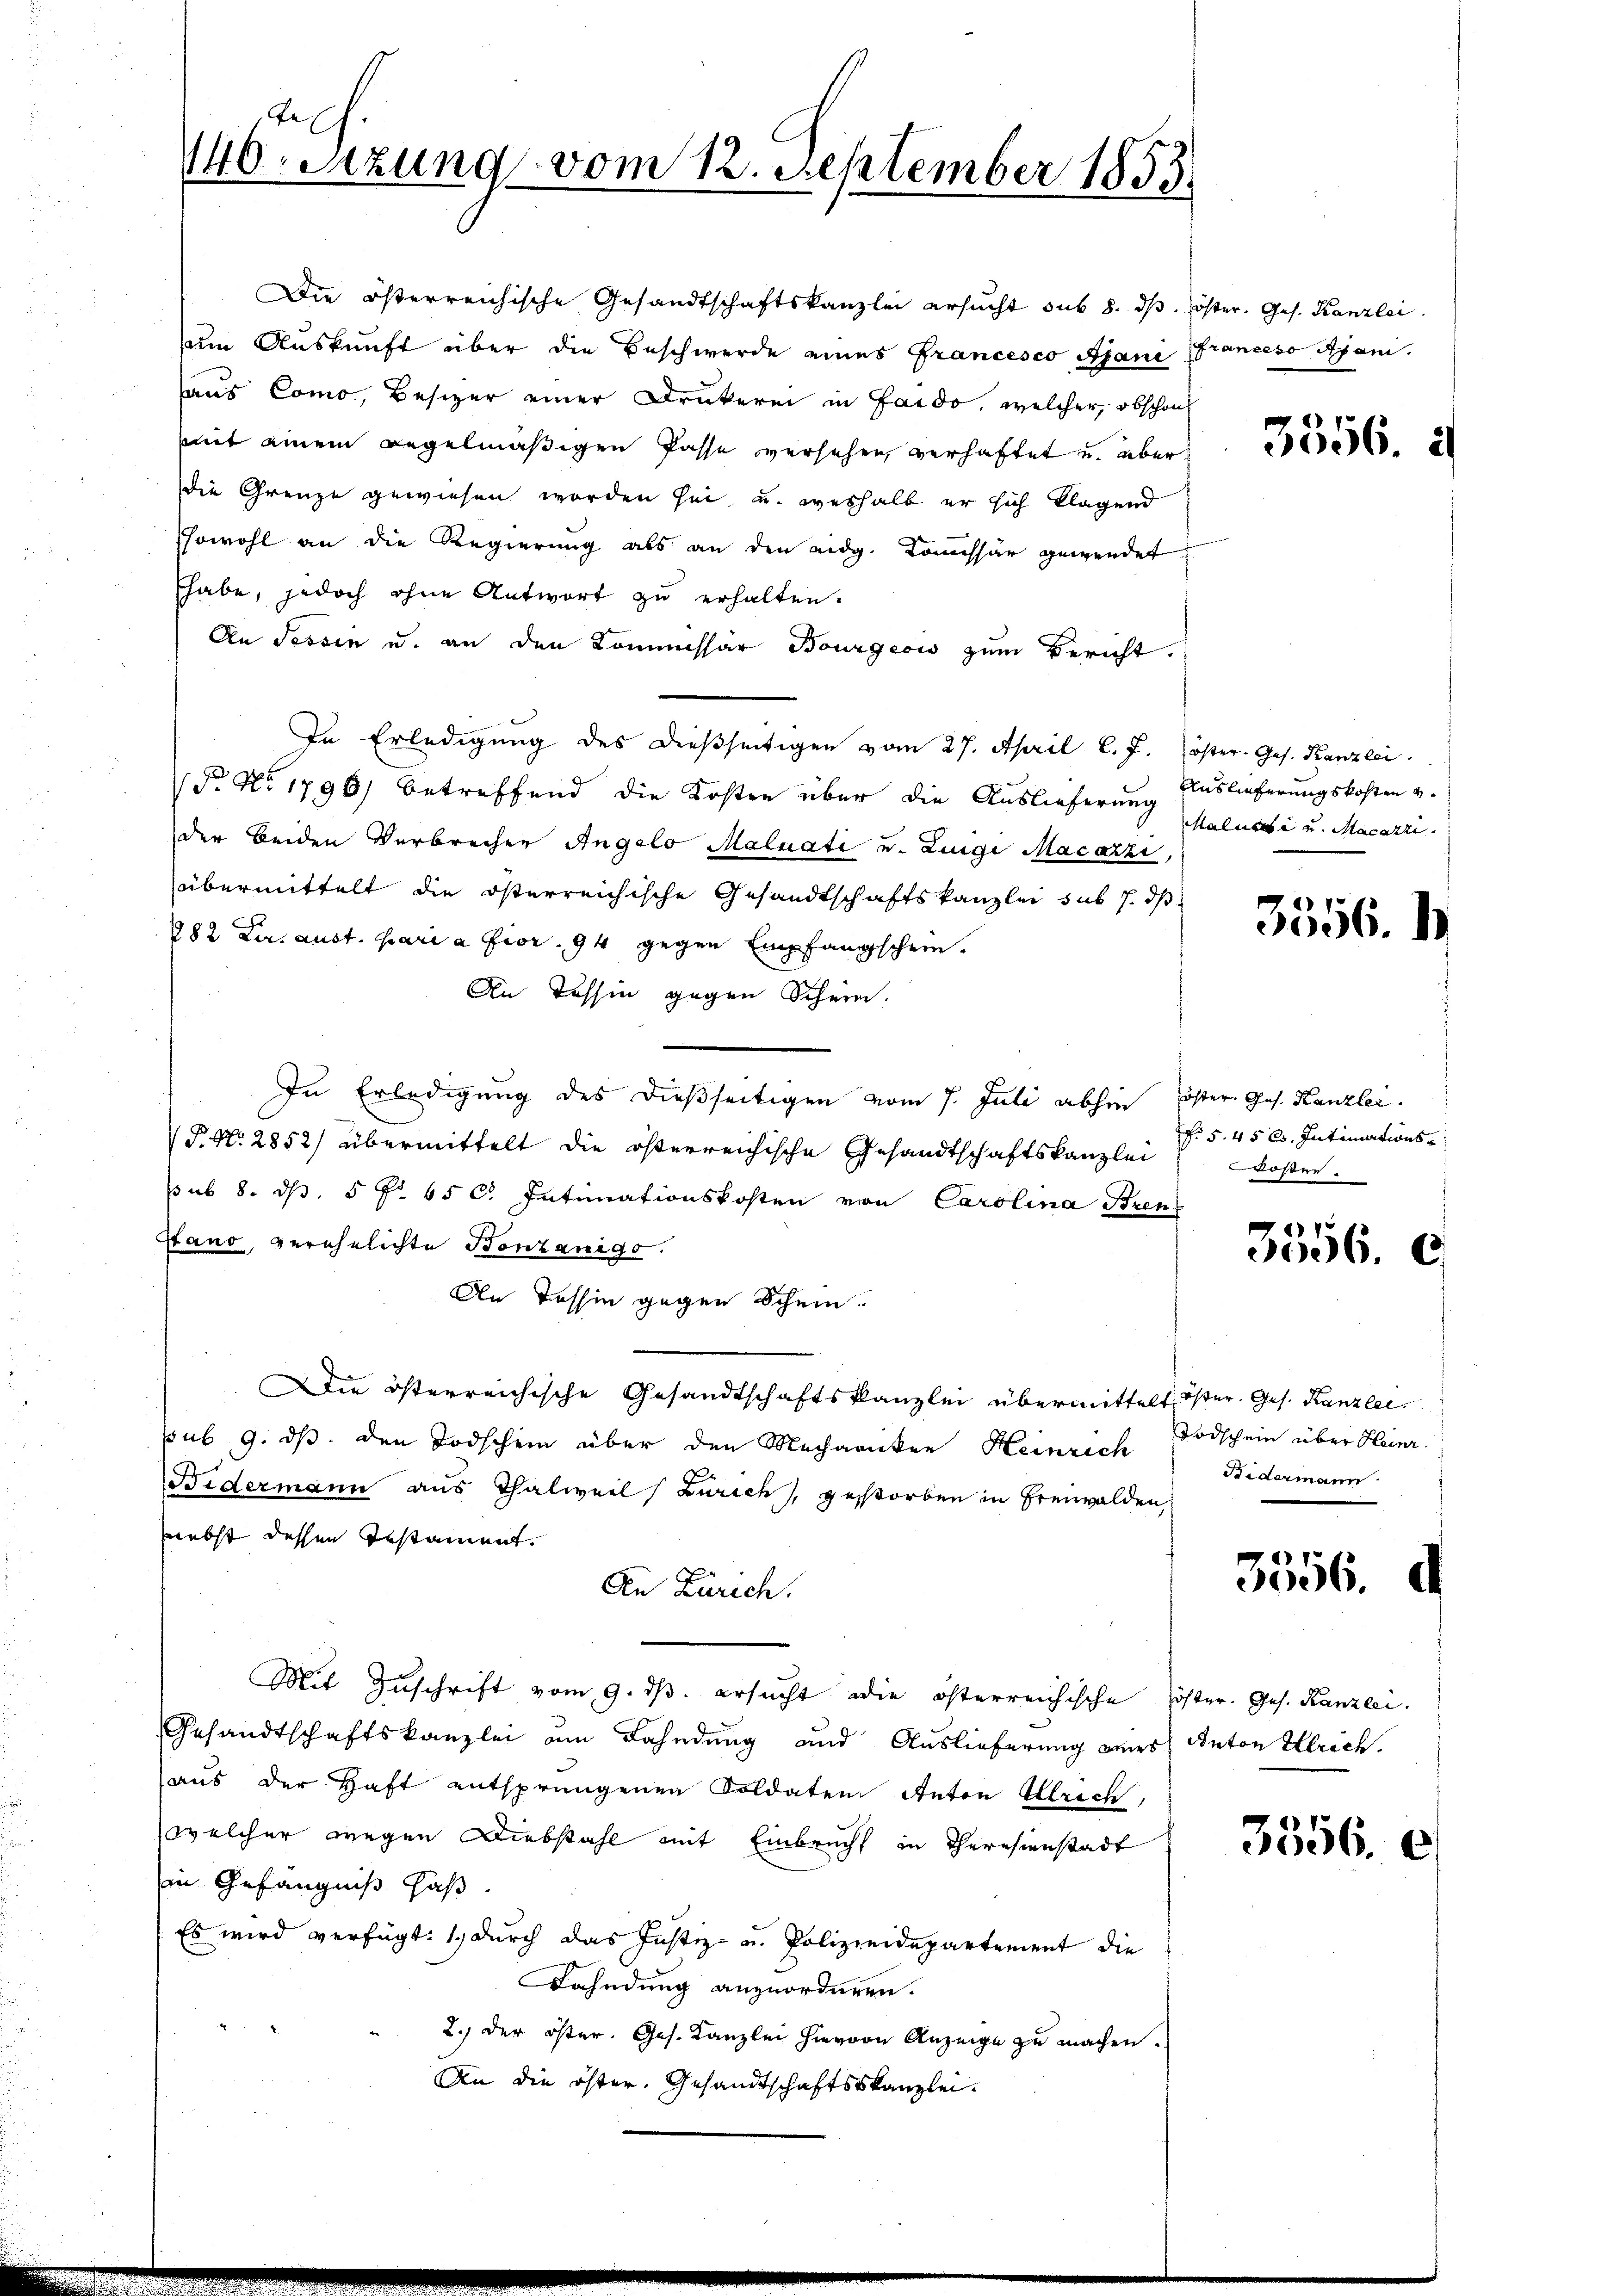
de
40 Setzung vom 12. September 1853.

Die österreichische Gesandtschaftskanzlei ersucht sub 8. dβ. öster. Ges. Kanzlei
um Auskunft über die Beschwerde eines Francesco Ajani Franceso Ajani.
aus Como, Besizer einer Druckerei in Sard., welcher, obschon
mit einem Regelmäßigen Pässe versehen, verhaftet u. über
die Grenze gewiesen worden sei, u. weshalb er sich klagend
sowohl an die Regierung als an den eidg. Kommissär gewendet
Ehabe, jedoch ohne Antwort zu erhalten.
An Tessin u. an den Kommissär Bourgeois zum Bericht.
In Erledigung des dießseitigen vom 27. April l. J. öster. Ges. Kanzlei
T. No 1796) betreffend die Kosten über die Auslieferung Auslieferungskosten u.
der beiden Verbrechen Angelo Malnati u. Linge Macazzi
übermittelt die österreichische Gesandtschaftskanzlei sub 1. ds
282 Cur. aust. Maria Fior. 94 gegen Empfangschein.
An Tessin gegen Schein.
In Erledigung des dießseitigen vom 7. Juli abhin öster Ges. Kanzlei.
P. Nr. 2852) übermittelt die öfterreichische Gesandtschaftskanzlei
sub 8. d. 5 f. 650. Intimationskosten von Carolina Bren
Stand, verehelichte Bonzanigo.
In Tessin gegen Schein.
Die österreichische Gesandtschaftskanzlei übermittelt öster. Ges. Kanzlei
sub 9. ds. den Todschein über den Mechanken Heinrich
Bidermann aus Thalweil Zürich, gestorben in Freiwalden,
nebst dessen Testament.
An Zürich.
Mit Zuschrift vom 9. ds. ersucht die österreichische öster. Ges. Kanzlei.
Gesandtschaftskanzlei um Bahndung und Auslieferung annes Anton Ulrich.
aus der Haft entsprungenen Soldaten Anton Ulrich,
welcher wegen Diebstahl mit Einbrucht in Theresienstadt
in Gefängniß has
Es wird verfügt: 1. durch das Justiz- u. Polizeidepartement die
Lahndung anzuordnen.
2.) der öster. Ges. Kanzlei hievon Anzeige zu machen.
An die öster. Gesandtschaftskanzlei.

3556. d

Maluate und Macatri

3556.

§. 5. 45 cs. Intimations
Koster.

3356. C

Todschein über Heinr
Sidermann

3356.

.

3556. 6